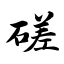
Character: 磋